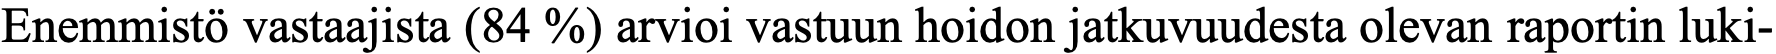
Enemmistö vastaajista (84 %) arvioi vastuun hoidon jatkuvuudesta olevan raportin luki-